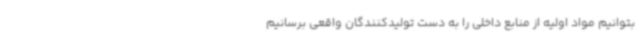
بتوانیم مواد اولیه از منابع داخلی را به دست تولیدکنندگان واقعی برسانیم